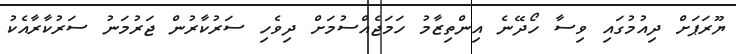
ޔޫރަޕަށް ދިއުމުގައި ވިސާ ހޯދޭނެ އިންތިޒާމު ހަމަޖެއްސުމަށް ދިވެހި ސަރުކާރުން ޖަރުމަނު ސަރުކާރާއެކު